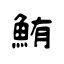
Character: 鮪